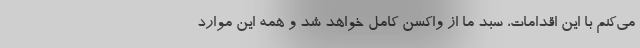
می‌کنم با این اقدامات، سبد ما از واکسن کامل خواهد شد و همه این موارد